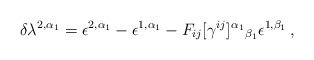
\begin{align*}\delta\lambda^{2,\alpha_{1}} = \epsilon^{2,\alpha_{1}} - \epsilon^{1,\alpha_{1}} - F_{ij}[\gamma^{ij}]^{\alpha_{1}}{}_{\beta_{1}}\epsilon^{1,\beta_{1}}\, ,\end{align*}